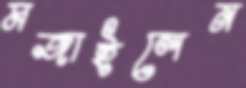
মজাইলেন